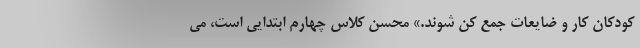
کودکان کار و ضایعات جمع کن شوند.» محسن کلاس چهارم ابتدایی است، می